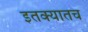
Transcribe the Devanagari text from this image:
इतक्यातच